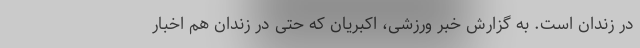
در زندان است. به گزارش خبر ورزشی، اکبریان که حتی در زندان هم اخبار